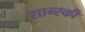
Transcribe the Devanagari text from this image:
शान्स्की